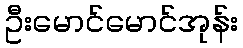
ဦးမောင်မောင်အုန်း